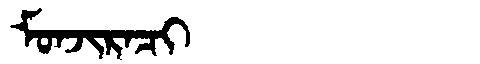
Manchu: ᠮᠣᠨᠵᡳᡵᠠᠴᡳ
Romanization: MONJIRACI